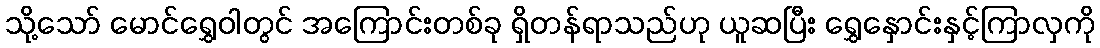
သို့သော် မောင်ရွှေဝါတွင် အကြောင်းတစ်ခု ရှိတန်ရာသည်ဟု ယူဆပြီး ရွှေနှောင်းနှင့်ကြာလှကို